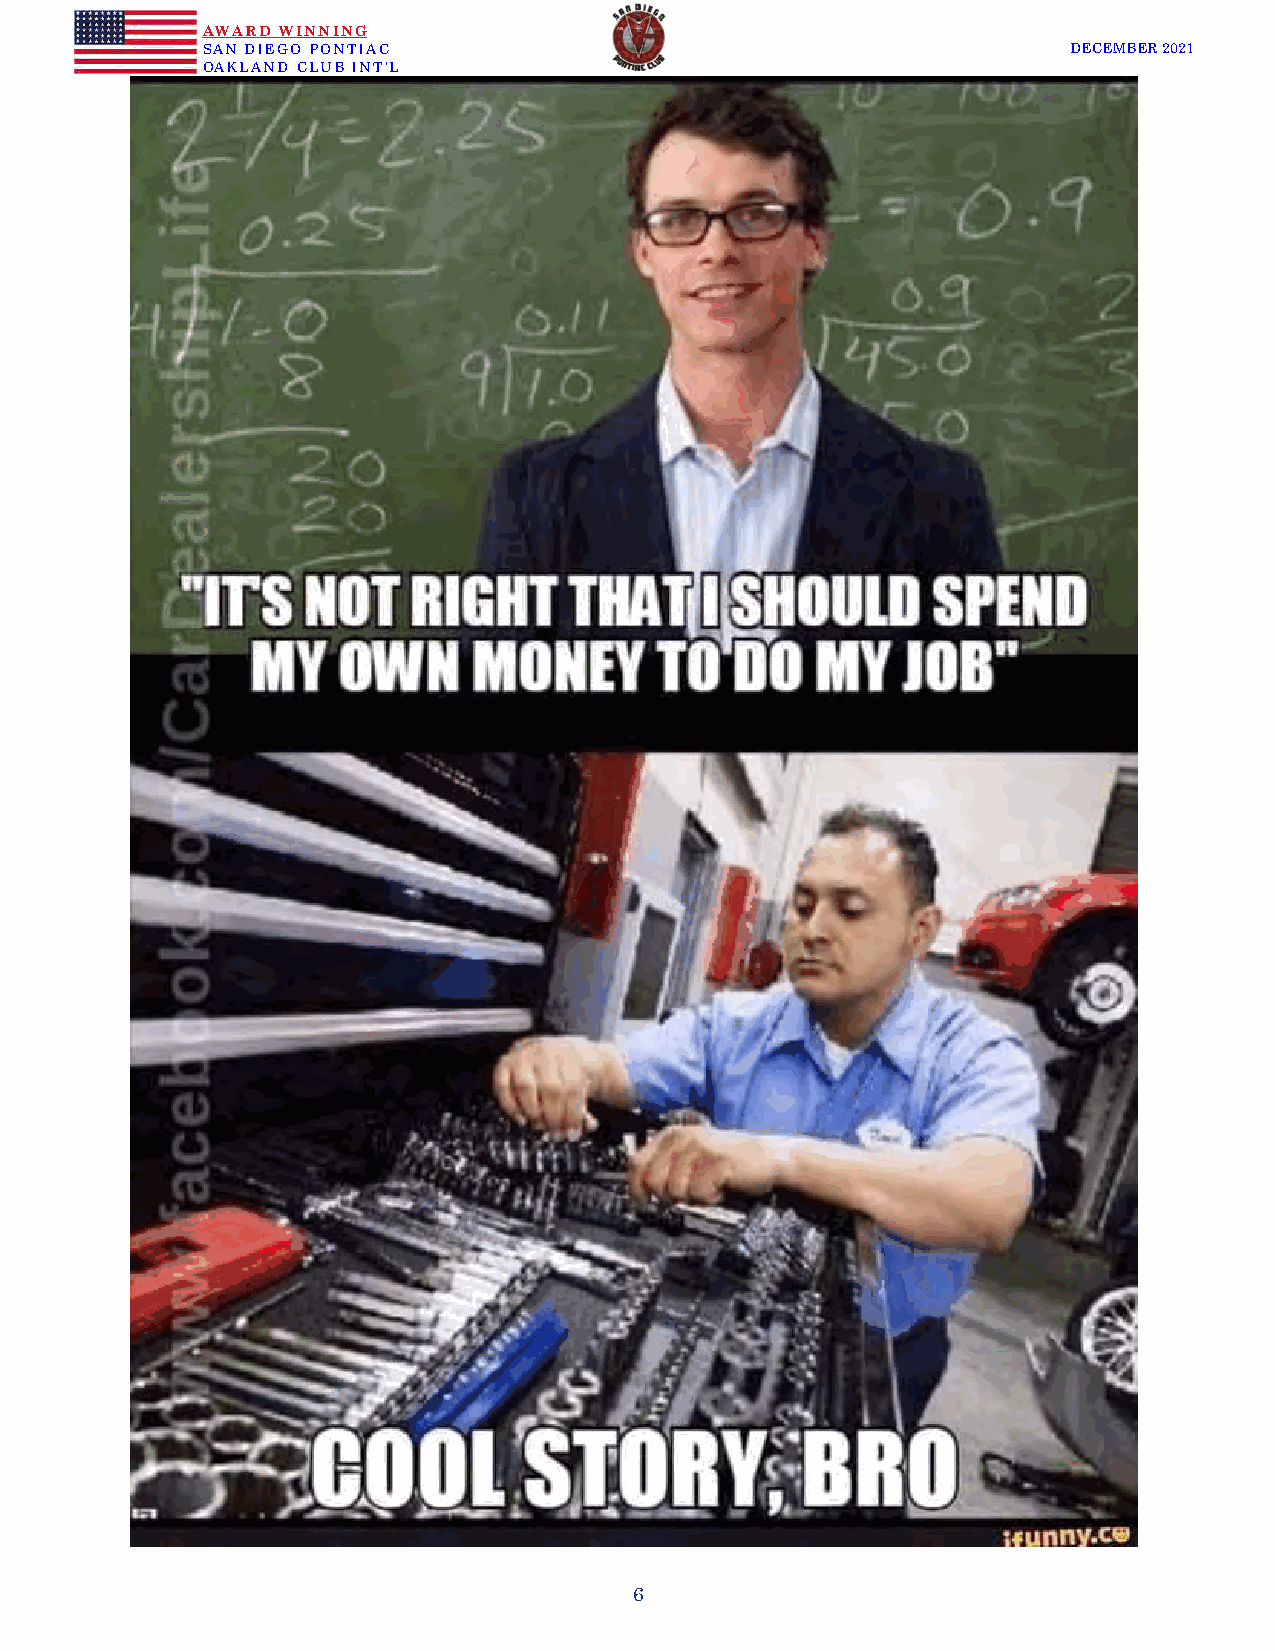
AWARD WINNING
 SAN DIEGO PONTIAC                                         DECEMBER 2021
 OAKLAND CLUB INT’L
 6